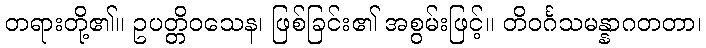
တရားတို့၏။ ဥပတ္တိဝသေန၊ ဖြစ်ခြင်း၏ အစွမ်းဖြင့်။ တိဝင်္ဂသမန္နာဂတတာ၊